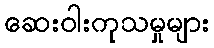
ဆေးဝါးကုသမှုများ